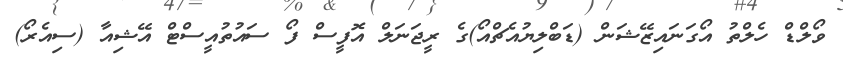
ވޯލްޑް ހެލްތު އޯގަނައިޒޭޝަން (ޑަބްލިޔުއެޗްއޯ)ގެ ރީޖަނަލް އޮފީސް ފޯ ސައުތުއީސްޓް އޭޝިއާ (ސިއެރޯ)